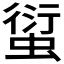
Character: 𧍢